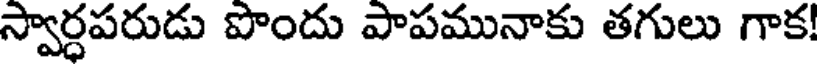
స్వార్ధపరుడు పొందు పాపమునాకు తగులు గాక!